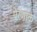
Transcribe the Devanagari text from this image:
प्रेरणाक